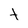
Character: t